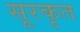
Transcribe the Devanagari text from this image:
सूरकृत